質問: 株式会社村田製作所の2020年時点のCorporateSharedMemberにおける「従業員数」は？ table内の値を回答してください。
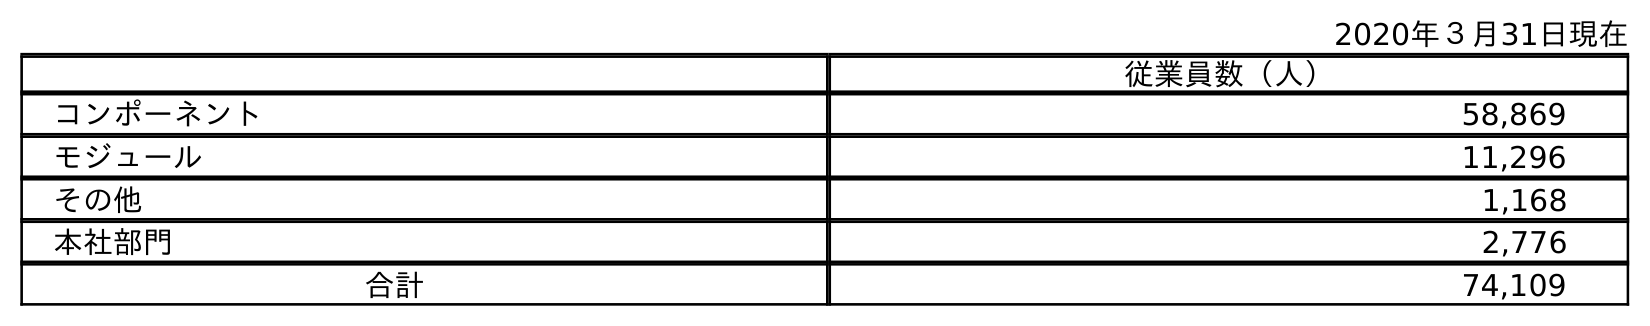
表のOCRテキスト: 2020年３月31日現在 従業員数（人） コンポーネント 58,869 モジュール 11,296 その他 1,168 本社部門 2,776 合計 74,109
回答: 2,776